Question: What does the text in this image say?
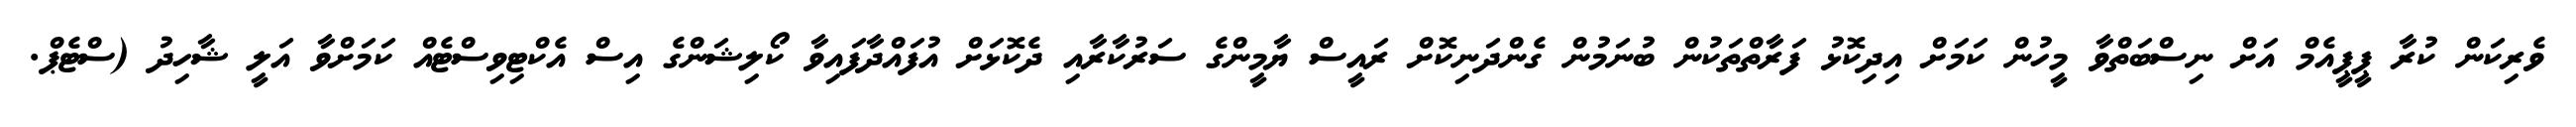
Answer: ވެރިކަން ކުރާ ޕީޕީއެމް އަށް ނިސްބަތްވާ މީހުން ކަމަށް އިދިކޮޅު ފަރާތްތަކުން ބުނަމުން ގެންދަނިކޮށް ރައީސް ޔާމީންގެ ސަރުކާރާއި ދެކޮޅަށް އުފައްދާފައިވާ ކޯލިޝަންގެ އިސް އެކްޓިވިސްޓެއް ކަމަށްވާ އަލީ ޝާހިދު (ސްޓެޕް.